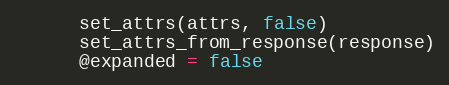
Language: Ruby
      set_attrs(attrs, false)
      set_attrs_from_response(response)
      @expanded = false